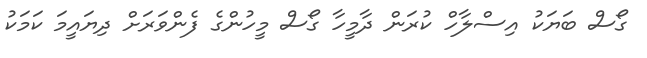
ގޯސް ބަޔަކު އިސްލާހް ކުރަން ދާމީހާ ގޯސް މީހުންގެ ފެންވަރަށް ދިޔައީމަ ކަމަކު